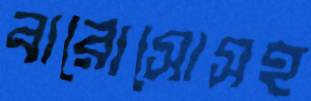
বারোসোসহ